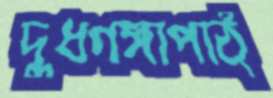
দুধগঙ্গাপাঠ্